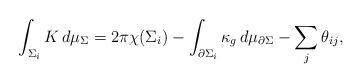
LaTeX: \begin{align*}\int_{\Sigma_i} K\,d\mu_\Sigma=2\pi\chi(\Sigma_i)-\int_{\partial\Sigma_i} \kappa_g\,d\mu_{\partial\Sigma}-\sum_j \theta_{ij},\end{align*}